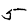
Digit: 5